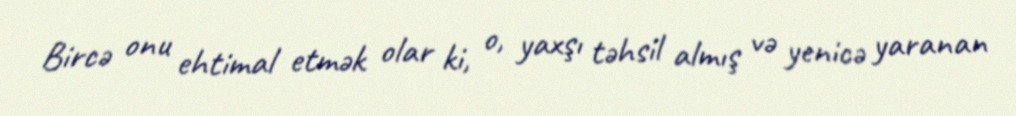
Bircə onu ehtimal etmək olar ki, o, yaxşı təhsil almış və yenicə yaranan